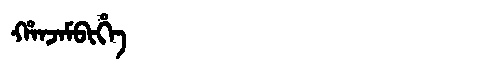
Manchu: ᡥᠠᠨᠵᠠᠮᠪᡳᡥᡝ
Romanization: HANJAMBIHE